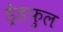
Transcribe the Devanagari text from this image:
ड्रेडफुल